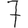
Digit: 7